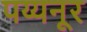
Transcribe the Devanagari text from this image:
पय्यनूर